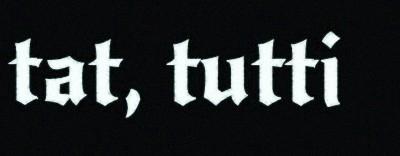
tat, tutti